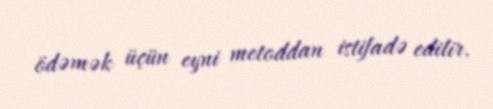
ödəmək üçün eyni metoddan istifadə edilir.